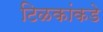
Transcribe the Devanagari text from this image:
टिळकांकडे